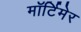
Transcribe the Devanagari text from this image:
माॅर्टिमेर